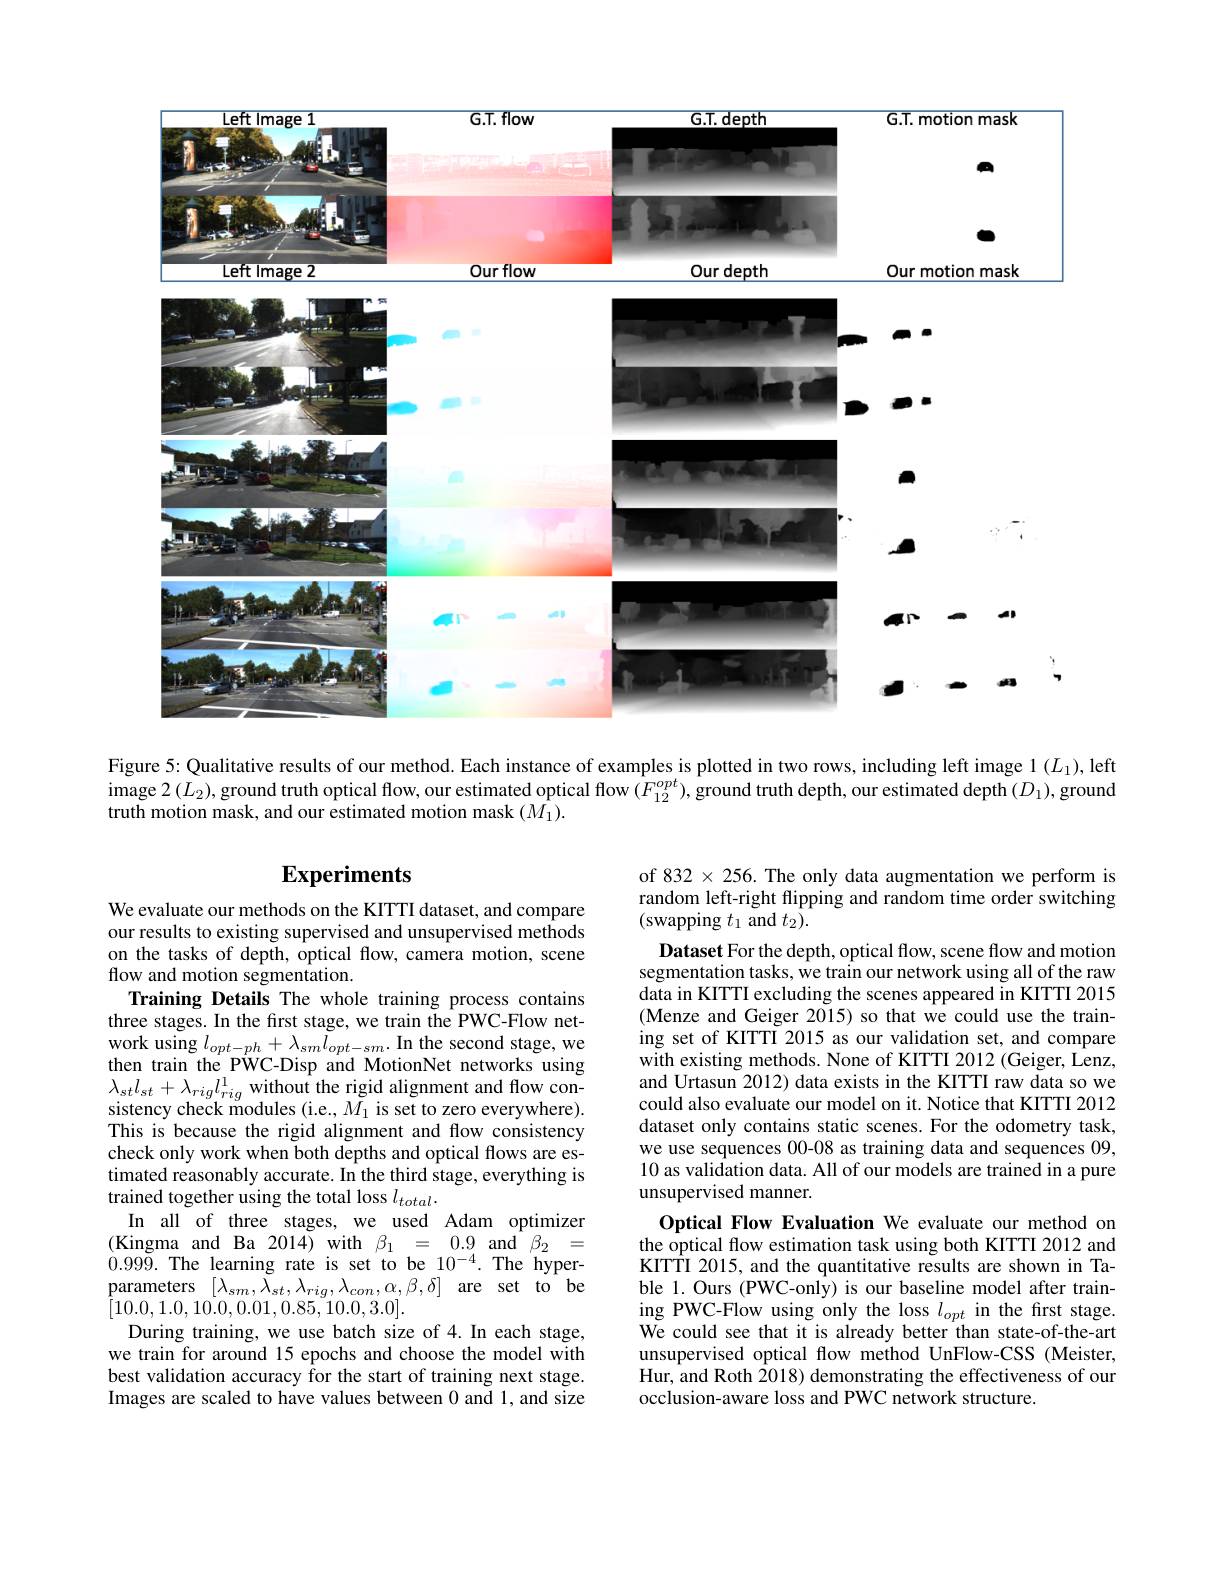
<FigureHere>

Figure 5: Qualitative results of our method. Each instance of examples is plotted in two rows, including left image 1 $(L_1)$,left image $2\left(L_2\right)$, ground truth optical flow, our estimated optical flow $(F_{12}^{opt})$, ground truth depth, our estimated depth $(D_1)$,ground truth motion mask, and our estimated motion mask $(\bar{M_1}).$

# Experiments

of 832 × 256. The only data augmentation we perform is random left-right flipping and random time order switching (swapping $t_1$ and $t_2).$

Dataset For the depth, optical flow, scene flow and motion segmentation tasks, we train our network using all of the raw data in KITTI excluding the scenes appeared in KITTI 2015 (Menze and Geiger 2015) so that we could use the training set of KITTI 2015 as our validation set, and compare with existing methods. None of KITTI 2012 (Geiger, Lenz, and Urtasun 2012) data exists in the KITTI raw data so we could also evaluate our model on it. Notice that KITTI 2012 dataset only contains static scenes. For the odometry task, we use sequences 00-08 as training data and sequences 09, 10 as validation data. All of our models are trained in a pure unsupervised manner.

We evaluate our methods on the KITTI dataset, and compare our results to existing supervised and unsupervised methods on the tasks of depth, optical flow, camera motion, scene flow and motion segmentation.
Training Details The whole training process contains three stages. In the first stage, we train the PWC-Flow network using $l_opt-ph+\lambda_{sm}\tilde{l}_{opt-sm}.$ In the second stage, we then train the PWC-Disp and MotionNet networks using $\begin{array}{l}{\lambda_{st}l_{st}+\lambda_{rig}l_{rig}^{1}\text{without the rigid alignment and flow con-}}\\{\mathrm{sistency~check~modules~(i.e.,~}M_{1}\text{ is set to zero everywhere).}}\end{array}$ This is because the rigid alignment and flow consistency check only work when both depths and optical flows are estimated reasonably accurate. In the third stage, everything is trained together using the total loss $l_{total}.$
In all of three stages, we used Adam optimizer $\begin{array}{rcl}(\text{Kingma and Ba}2014)&\mathrm{with}&\beta_{1}&=&0.9&\mathrm{and}&\beta_{2}&=\\\end{array}$ $\dot{0}.99\dot{9}.$ The learning rate is set to be $10^{-4}.$ The hyper- $\begin{array}{cc}{\mathrm{parameters}}&{[\lambda_{sm},\bar{\lambda_{st}},\lambda_{rig},\lambda_{con},\alpha,\beta,\delta]}&{\mathrm{are}}&{\mathrm{set}}&{\mathrm{to}}\\{\mathrm{be}}\end{array}$ [10.0,1.0,10.0,0.01,0.85,10.0,3.0].
During training, we use batch size of 4. In each stage, we train for around 15 epochs and choose the model with best validation accuracy for the start of training next stage. Images are scaled to have values between 0 and 1, and size

Optical Flow Evaluation We evaluate our method on the optical flow estimation task using both KITTI 2012 and KITTTI 2015, and the quantitative results are shown in Table 1. Ours (PWC-only) is our baseline model after training PWC-Flow using only the loss $l_opt$ in the first stage. We could see that it is already better than state-of-the-art unsupervised optical flow method UnFlow-CSS (Meister, Hur, and Roth $\bar{2018}$) demonstrating the effectiveness of our occlusion-aware loss and PWC network structure.